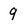
Character: 9